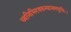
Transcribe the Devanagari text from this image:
ध्वनिभिरवरुन्धानमणुभिः।